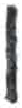
אות: ו